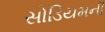
સોડિયમની